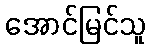
အောင်မြင်သူ